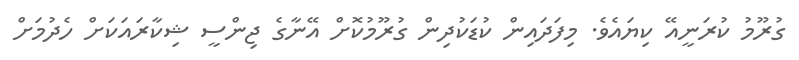
ގުރޫމު ކުރަނީއޭ ކިޔައެވެ. މިފަދައިން ކުޑަކުދިން ގުރޫމުކޮށް އޭނާގެ ޖިންސީ ޝިކާރައަކަށް ހެދުމަށް